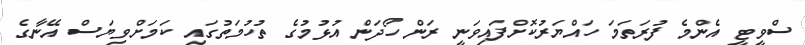
ސްވީޓީ އެންމެ ފުރަތަމަ ހައްޔަރުކޮށްފައިވަނީ ރަން ހޯދަން އުޅުމުގެ ތުހުމަތުގައި ކަމަށްވިޔަސް އޭނާގެ